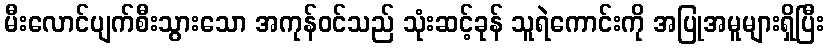
မီးလောင်ပျက်စီးသွားသော အကုန်ဝင်သည် သုံးဆင့်ခုန် သူရဲကောင်းကို အပြုအမူများရှိပြီး